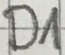
Text: D1